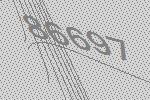
86697